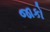
જાકો